Vaccination in Burma 1889-1999 - 1889-1999
Year: 1889
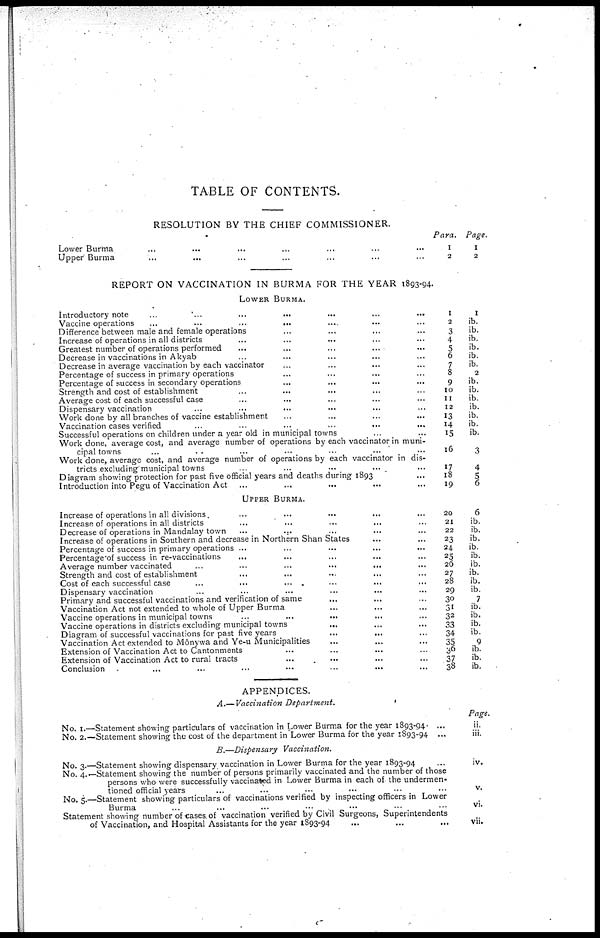
TABLE OF CONTENTS.
RESOLUTION BY THE CHIEF COMMISSIONER.
Lower
Burma...
...
...
...
Upper Burma... ... ... ...
Para.
1
2
Page.
1
2
REPORT ON VACCINATION IN BURMA FOR THE YEAR 1893-94.
LOWER BURMA.
introductory
note...
...
...
Vaccine
operations...
...
...
Difference between male and female operations... ... ...
Increase of operations in all districts... ... ... ...
Greatest number of operations performed
...
...
...
...
Decrease in vaccinations in Akyab... ... ... ...
Decrease in average vaccination by each vaccinator... ... ...
Percentage of success in primary operations... ... ... ...
Percentage of success in secondary operations... ... ... ...
Strength and cost of establishment... ... ... ...
Average cost of each successful case... ... ... ...
Dispensary
vaccination...
...
...
Work done by all branches of vaccine
establishment...
...
...
Vaccination cases verified... ... ... ...
Successful operations on children under a year old in municipal towns... ... ... ...
Work done, average cost, and average number of operations by each vaccinator in muni-
cipal towns... ... ...
Work done, average cost, and average number of operations by each vaccinator in dis-
tricts excluding municipal towns... ... ...
Diagram showing protection for past five official years and deaths during 1893 ... ... ...
Introduction into Pegu of Vaccination Act... ... ... ...
1
2
3
4
5
6
7
8
9
10
11
12
13
14
15
16
17
18
19
1
ib.
ib.
ib.
ib.
ib.
ib.
2
ib.
ib.
ib.
ib.
ib.
ib.
ib.
3
4
5
6
UPPER BURMA.
Increase of operations in all divisions.
Increase of operations in all districts... ... ... ...
Decrease of operations in Mandalay town
...
...
...
Increase of operations in Southern and decrease in Northern Shan States... ... ...
Percentage of success in primary operations ...
...
...
Percentage of success in re-vaccinations ... ... ... ...
Average number
vaccinated...
...
...
...
Strength and cost of establishment... ... ... ...
Cost of each successful case... ...
Dispensary vaccination... ...
Primary and successful vaccinations and verification of same ... ... ...
Vaccination Act not extended to whole of Upper Burma... ... ...
Vaccine operations in municipal towns... ... ...
Vaccine operations in districts excluding municipal towns... ... ...
Diagram of successful vaccinations for past five years
...
...
...
Vaccination Act extended to M6nywa and Ye-u Municipalities... ... ...
Extension of Vaccination Act to Cantonments... ... ...
Extension of Vaccination Act to rural tracts... ... ...
Conclusion... ... ...
20
21
22
23
24
25
26
27
28
29
30
31
32
33
34
35
36
37
38
6
ib.
ib.
ib.
ib.
ib.
ib.
ib.
ib.
ib.
7
ib.
ib.
ib.
ib.
9
ib.
ib.
ib.
APPENDICES.
A.— Vaccination Department.
No. 1.—Statement showing particulars of vaccination in Lower Burma for the year 1893-94. ...
No. 2.—Statement showing the cost of the department in Lower Burma for the year 1893-94 ...
Page.
ii.
iii.
B.—Dispensary Vaccination.
No. 3.—Statement showing dispensary vaccination in Lower Burma for the year 1893-94... ...
No. 4.—Statement showing the number of persons primarily vaccinated and the number of those
persons who were successfully vaccinated in Lower Burma in each of the undermen-
tioned official years
...
...
...
No. 5.—Statement showing particulars of vaccinations verified by inspecting officers in Lower
Burma... ...
Statement showing number of cases. of vaccination verified by Civil Surgeons, Superintendents
of Vaccination, and Hospital Assistants for the year
1893-94...
...
...
iv.
v.
vi.
vii.